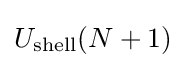
U_{\text{shell}}(N+1)